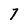
Character: 7